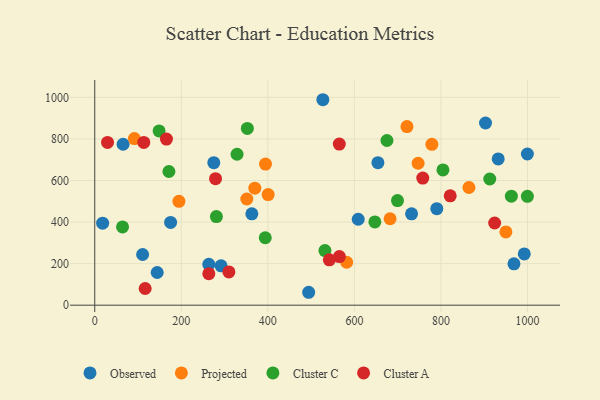
{"axis": {"x": "Engine Size", "y": "Salary"}, "legend": ["Cluster A", "Cluster C", "Observed", "Projected"], "data": [{"x": "65.5", "y": 774.3, "type": "Observed"}, {"x": "494.3", "y": 62.1, "type": "Observed"}, {"x": "790.4", "y": 464.5, "type": "Observed"}, {"x": "527.1", "y": 988.6, "type": "Observed"}, {"x": "992.5", "y": 246.7, "type": "Observed"}, {"x": "654.3", "y": 685.8, "type": "Observed"}, {"x": "999.7", "y": 727.4, "type": "Observed"}, {"x": "175.3", "y": 398.4, "type": "Observed"}, {"x": "275.1", "y": 685.9, "type": "Observed"}, {"x": "932.3", "y": 703.6, "type": "Observed"}, {"x": "263.6", "y": 196.7, "type": "Observed"}, {"x": "608.8", "y": 413.4, "type": "Observed"}, {"x": "144.3", "y": 157.3, "type": "Observed"}, {"x": "732.1", "y": 439.5, "type": "Observed"}, {"x": "903.0", "y": 876.6, "type": "Observed"}, {"x": "110.6", "y": 243.8, "type": "Observed"}, {"x": "968.7", "y": 199.2, "type": "Observed"}, {"x": "291.9", "y": 189.4, "type": "Observed"}, {"x": "18.2", "y": 394.5, "type": "Observed"}, {"x": "363.0", "y": 439.7, "type": "Observed"}, {"x": "194.5", "y": 499.6, "type": "Projected"}, {"x": "369.9", "y": 563.0, "type": "Projected"}, {"x": "351.4", "y": 510.9, "type": "Projected"}, {"x": "400.7", "y": 532.2, "type": "Projected"}, {"x": "682.5", "y": 416.0, "type": "Projected"}, {"x": "864.7", "y": 566.3, "type": "Projected"}, {"x": "779.0", "y": 774.1, "type": "Projected"}, {"x": "950.0", "y": 352.4, "type": "Projected"}, {"x": "91.6", "y": 801.5, "type": "Projected"}, {"x": "721.5", "y": 859.4, "type": "Projected"}, {"x": "394.6", "y": 679.2, "type": "Projected"}, {"x": "747.2", "y": 683.0, "type": "Projected"}, {"x": "582.1", "y": 206.6, "type": "Projected"}, {"x": "912.8", "y": 607.2, "type": "Cluster C"}, {"x": "531.9", "y": 262.7, "type": "Cluster C"}, {"x": "352.6", "y": 850.5, "type": "Cluster C"}, {"x": "999.7", "y": 523.7, "type": "Cluster C"}, {"x": "804.6", "y": 650.9, "type": "Cluster C"}, {"x": "699.6", "y": 503.3, "type": "Cluster C"}, {"x": "281.1", "y": 426.3, "type": "Cluster C"}, {"x": "962.7", "y": 524.6, "type": "Cluster C"}, {"x": "394.0", "y": 324.4, "type": "Cluster C"}, {"x": "148.7", "y": 838.7, "type": "Cluster C"}, {"x": "647.3", "y": 400.4, "type": "Cluster C"}, {"x": "328.8", "y": 726.3, "type": "Cluster C"}, {"x": "171.4", "y": 643.3, "type": "Cluster C"}, {"x": "675.2", "y": 792.4, "type": "Cluster C"}, {"x": "64.2", "y": 376.7, "type": "Cluster C"}, {"x": "924.1", "y": 395.4, "type": "Cluster A"}, {"x": "758.0", "y": 611.4, "type": "Cluster A"}, {"x": "565.3", "y": 233.8, "type": "Cluster A"}, {"x": "821.4", "y": 526.1, "type": "Cluster A"}, {"x": "542.1", "y": 218.1, "type": "Cluster A"}, {"x": "310.0", "y": 160.2, "type": "Cluster A"}, {"x": "263.6", "y": 151.7, "type": "Cluster A"}, {"x": "565.1", "y": 775.4, "type": "Cluster A"}, {"x": "29.5", "y": 783.1, "type": "Cluster A"}, {"x": "279.1", "y": 608.7, "type": "Cluster A"}, {"x": "116.5", "y": 80.2, "type": "Cluster A"}, {"x": "165.7", "y": 799.4, "type": "Cluster A"}, {"x": "113.3", "y": 783.1, "type": "Cluster A"}]}